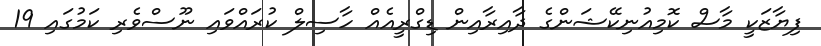
ފިޔާޒަކީ މާސް ކޮމިއުނިކޭޝަންގެ ދާއިރާއިން ޑިގްރީއެއް ހާސިލް ކުރައްވައި ނޫސްވެރި ކަމުގައި 19